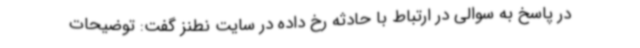
در پاسخ به سوالی در ارتباط با حادثه رخ داده در سایت نطنز گفت: توضیحات